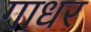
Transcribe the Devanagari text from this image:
गाधर